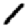
Digit: 1